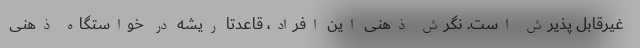
غیرقابل پذیرش است. نگرش ذهنی این افراد، قاعدتاً ریشه در خواستگاه ذهنی